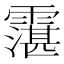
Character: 霮